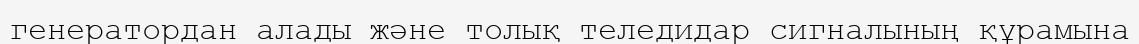
генератордан алады және толық теледидар сигналының құрамына